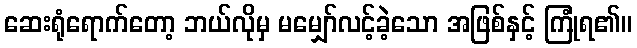
ဆေးရုံရောက်တော့ ဘယ်လိုမှ မမျှော်လင့်ခဲ့သော အဖြစ်နှင့် ကြုံရ၏။